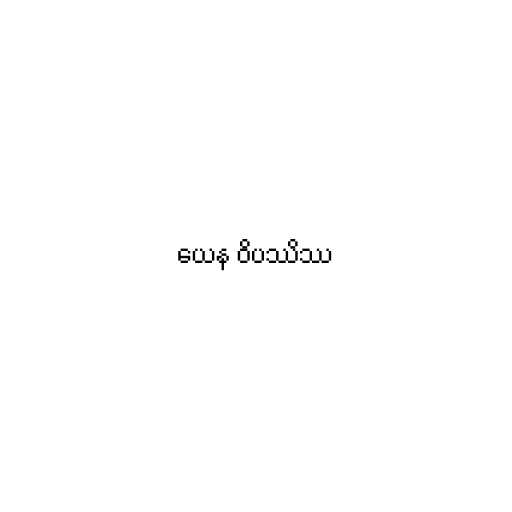
ယေန ဝိပဿိဿ